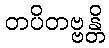
တပိတဗ္ဗန္တိ